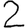
Digit: 2